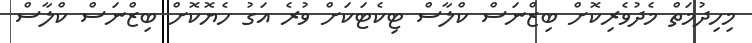
މިހިދުމަތް މެދުވެރިކޮށް ބިޒްނަސް ކްލާސް ޓިކެޓަކަށް ވުރެ އަގު ހެޔޮކޮށް ބިޒްނަސް ކްލާސް